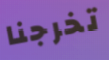
تخرجنا